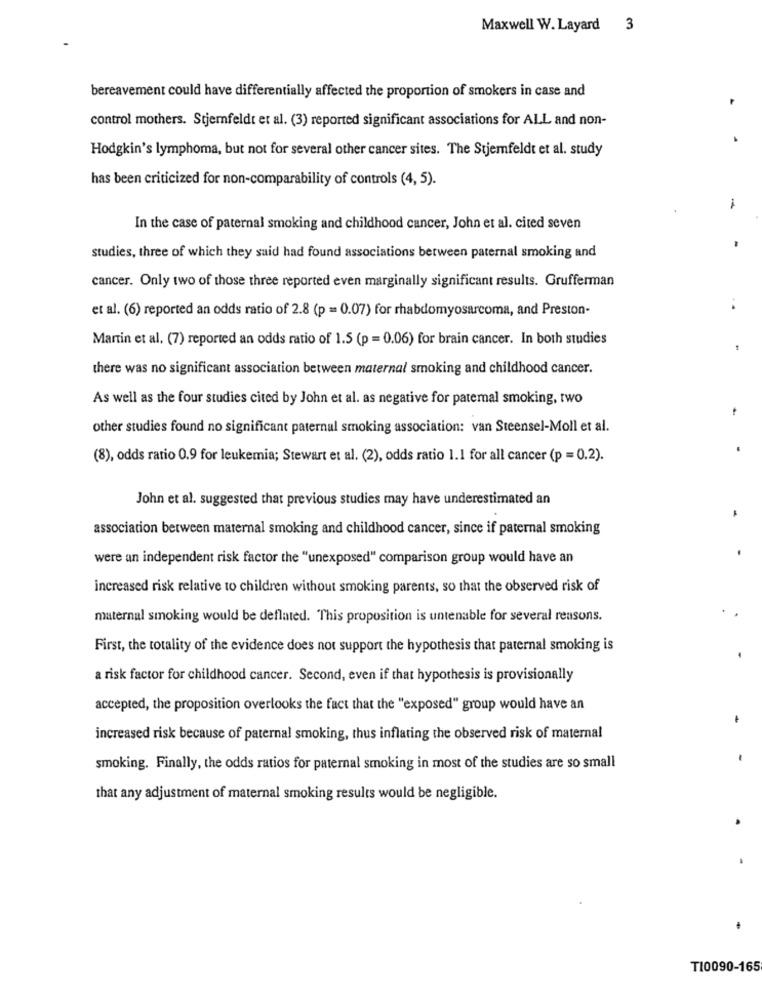
Maxwell W. Layard 3
bereavement could have differentially affected the proportion of smokers in case and
control mothers. Stjernfeldt et al. (3) reported significant associations for ALL and non-
Hodgkin's lymphoma, but not for several other cancer sites. The Stjemfeldt et al. study
has been criticized for non-comparability of controls (4, 5).
In the case of paternal smoking and childhood cancer, John et al. cited seven
studies, three of which they said had found associations between paternal smoking and
cancer. Only two of those three reported even marginally significant results. Grufferman
et al. (6) reported an odds ratio of 2.8 (p = 0.07) for rhabdomyosarcoma, and Preston-
..
Martin et al. (7) reported an odds ratio of 1.5 (p = 0.06) for brain cancer. In both studies
there was no significant association between maternal smoking and childhood cancer.
As well as the four studies cited by John et al. as negative for patemal smoking, two
other studies found no significant paternal smoking association: van Steensel-Moll et al.
(8), odds ratio 0.9 for leukemia; Stewart et al. (2), odds ratio 1.1 for all cancer (p = 0.2).
John et al. suggested that previous studies may have underestimated an
association between maternal smoking and childhood cancer, since if paternal smoking
were an independent risk factor the "unexposed" comparison group would have an
increased risk relative to children without smoking parents, so that the observed risk of
maternal smoking would be deflated. This proposition is untenable for several reasons.
First, the totality of the evidence does not support the hypothesis that paternal smoking is
.
a risk factor for childhood cancer. Second, even if that hypothesis is provisionally
accepted, the proposition overlooks the fact that the "exposed" group would have an
increased risk because of paternal smoking, thus inflating the observed risk of maternal
smoking. Finally, the odds ratios for paternal smoking in most of the studies are so small
that any adjustment of maternal smoking results would be negligible.
T10090-165